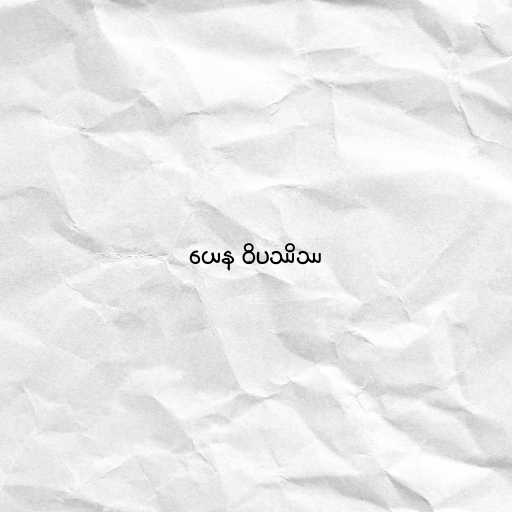
ယေန ဝိပဿိဿ